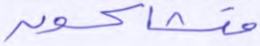
متشاكسون